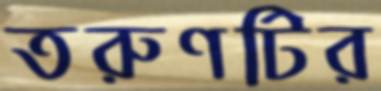
তরুণটির